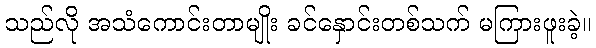
သည်လို အသံကောင်းတာမျိုး ခင်နှောင်းတစ်သက် မကြားဖူးခဲ့။